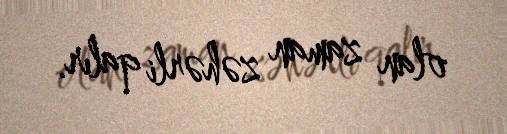
olan zaman zəhərli qalır.